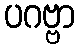
ပဂဗ္ဗာ